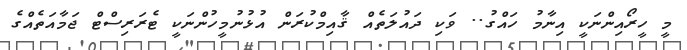
މީ ހީރޯއިންނަކީ އިނާމު ހައްގު.. ވަކި ދައުލަތެއް ޤާއިމްކުރަން އުޅުނުމީހުންނަކީ ޓެރަރިސްޓް ޖަމާއަތެއްގެ